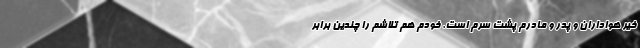
خیر هواداران و پدر و مادرم پشت سرم است. خودم هم تلاشم را چندین برابر